Annual statistical returns and brief notes on vaccination in Bengal - 1909-1929
Year: 1909
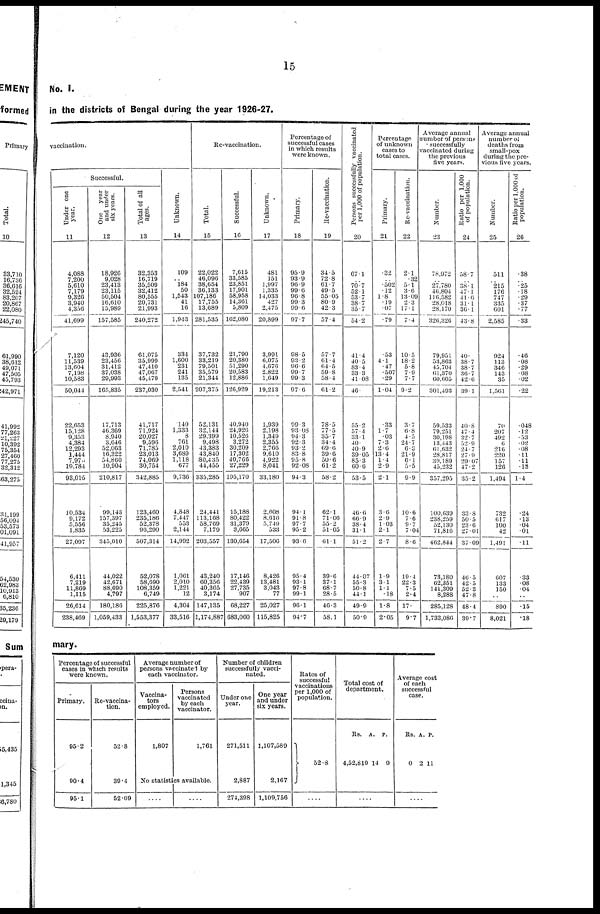
15
No. I.
in the districts of Bengal during the year 1926-27.
vaccination.
Successful.
Under one
year.
11
4,088
7,200
5,610
7,179
9,326
3,940
4,356
41,699
7,120
11,539
13,604
7,198
10,583
50,044
22,653
15,128
9,353
4,384
12,293
1,444
7,976
19,784
93,015
10,534
9,172
5,556
1,835
27,097
6,411
7,219
11,869
1,115
26,614
238,469
One year
and under
six years.
12
18,926
9,028
23,413
23,115
50,504
16,610
15,989
157,585
43,936
23,456
31,412
37,038
29,993
165,835
17,713
46,369
8,940
3,646
52,063
16,322
54,860
10,904
210,817
99,143
157,397
35,245
53,225
345,010
44,022
42,671
88,690
4,797
180,186
1,059,433
Total of all
ages.
13
32,353
16,719
35,509
32,412
80,555
20,731
21,993
240,272
61,075
35,999
47,410
47,067
45,479
237,030
41,717
71,924
20,027
9,596
71,785
23,013
74,069
30,754
342,885
123,460
235,186
52,378
96,290
507,314
52,078
58,690
108,359
6,749
225,876
1,553,377
Unknown.
14
109
.. 184
50
1,543
41
16
1,943
334
1,600
231
241
135
2,541
140
1,333
8
761
2,010
3,689
1,118
677
9,736
4,848
7,447
553
2,144
14,992
1,061
2,010
1,221
12
4,304
33,516
Re-vaccination.
Total.
15
22,022
46,096
38,654
36,133
107,186
17,755
13,689
281,535
37,732
33,219
79,501
35,579
21,344
207,375
52,131
32,144
29,399
9,498
43,383
43,840
80,435
44,455
335,285
24,441
113,168
58,769
7,179
203,557
43,240
60,356
40,365
3,174
147,135
1,174,887
Successful.
16
7,615
33,585
23,851
17,901
58,958
14,361
5,809
162,080
21,790
20,380
51,290
20,583
12,886
126,929
40,940
24,926
10,526
3,272
30,209
17,302
40,766
27,229
195,170
15,188
80,422
31,379
3,665
130,654
17,146
22,439
27,735
907
68,227
683,060
Unknown.
17
481
151
1,997
1,335
14,033
427
2,475
20,899
3,991
6,075
4,676
2,822
1,649
19,213
1,939
2,198
1,349
2,355
2,766
9,610
4,922
8,041
33,180
2,608
8,616
5,749
533
17,506
8,426
13,481
3,043
77
25,027
115,825
Percentage of
successful cases
in which results
were known.
Primary.
18
95.9
93.9
96.9
99.6
96.8
99.3
99.6
97.7
98.5
93.2
96.6
99.7
99.3
97.6
99.3
93.08
94.3
92.3
93.2
83.8
95.8
92.08
94.3
94.1
91.8
97.7
95.2
93.6
95.4
93.1
97.8
99.1
96.1
94.7
Re-vaccination.
19
34.5
72.8
61.7
49.5
55.05
80.9
42.3
57.4
57.7
61.4
64.5
59.8
58.4
61.2
78.5
77.5
35.7
34.4
69.6
39.6
50.6
61.2
58.2
62.1
71.06
55.2
51.05
61.1
39.6
37.1
68.7
28.5
46.3
58.1
Persons successfully vaccinated
per 1,000 of population.
20
67.1
.. 70.7
52.1
53.7
38.7
35.7
54.2
41.4
40.5
83.4
33.3
41.08
46.
55.2
57.1
33.1
40.
40.9
39.05
85.3
60.6
53.5
46.6
66.9
38.4
31.1
51.2
44.07
55.3
50.8
44.1
49.9
50.9
Percentage
of unknown
cases to
total cases.
Primary.
21
.32
.. .502
.12
1.8
.19
.07
.79
.53
4.1
.47
.507
.29
1.04
.33
1.7
.03
7.3
2.6
13.4
1.4
2.9
21
3.6
2.9
1.03
2.1
2.7
1.9
3.1
1.1
.18
1.8
2.05
Re-vaccination.
22
2.1
.32
5.1
3.6
13 .09
2.3
17.1
7.4
10.5
18.2
5.8
7.9
7.7
9.2
3.7
6.8
4.5
24.7
6.3
21.9
6.1
5.5
9.9
10.6
7.6
9.7
7.04
8.6
19.4
22.3
7.5
2.4
17.
97
Average annual
number of persons
successfully
vaccinated during
the previous
five years.
Number.
23
78,972
.. 27,780
46,804
116,582
28,018
28,170
326,326
79,951
53,803
45.704
61,370
60,605
301,493
59,533
79,251
30,198
13,443
61,632
28,817
30,189
45,232
357,295
100,639
238,259
52,130
71,810
402,844
73,180
62,351
141,309
8,288
285,128
1,733,080
Ratio per 1,000
of population.
24
58.7
.. 38.1
47.1
41.6
31.1
36.1
43.8
40.
38.7
38.7
36.7
42.6
39.1
40.8
47.4
32.7
52.9
24.7
27.9
29.07
47.2
35.2
33.8
50.5
23.6
27.01
37.09
46.5
42.5
52.3
47.8
48.4
39.7
Average annual
number of
deaths from
small-pox
during the pre-
vious five years.
Number.
25
511
.. 215
176
747
335
601
2,585
924
113
346
143
35
1,501
70
207
492
6
216
220
157
120
1,494
732
617
100
42
1,491
607
133
150
..
890
8,021
Ratio per 1,000 of
population.
26
.38
.. .25
.18
.29
.37
.77
.33
.46
.08
.29
.08
.02
.22
.048
.12
.53
.02
.08
.11
.11
.13
1.4
.24
.13
.04
01
.11
.33
.08
.04
..
.15
.18
mary.
Percentage of successful
cases in which results
were known.
Primary.
95.2
90.4
95.1
Re-vaccina-
tion.
52.8
39.4
52.09
Average number of
persons vaccinated by
each vaccinator.
Vaccina-
tors
employed.
1,807
Persons
vaccinated
by each
vaccinator.
1,761
No statistics available.
....
....
Number of children
successfully vacci-
nated.
Under one
year.
271,511
2,887
274,398
One year
and under
six years.
1,107,589
2,167
1,109,756
Rates of
successful
vaccinations
per 1,000 of
population.
52.8
....
Total cost of
department.
Rs.
4,52,819
A.
14
P.
9
....
Average cost
of each
successful
case.
Rs.
0
A.
2
P.
11
....